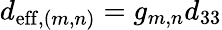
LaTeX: d_{\mathrm{{eff}},(m,n)}={g}_{{m},{n}}d_{33}